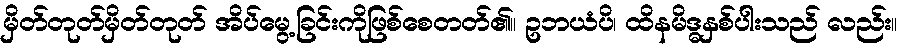
မှိတ်တုတ်မှိတ်တုတ် အိပ်မွေ့ခြင်းကိုဖြစ်စေတတ်၏။ ဥဘယံပိ၊ ထိနမိဒ္ဓနှစ်ပါးသည် လည်း။